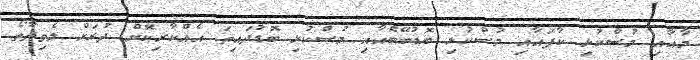
މާއާއި މުސްކުޅި ކާފައާއި މުސްކުޅި ބޮޑުބޭބެއާއި މުސްކުޅި ބޮޑުދައިތަ އެއްކާރިކޮށް ދުރަށް ލެވިދާތޯ